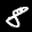
Label: 8